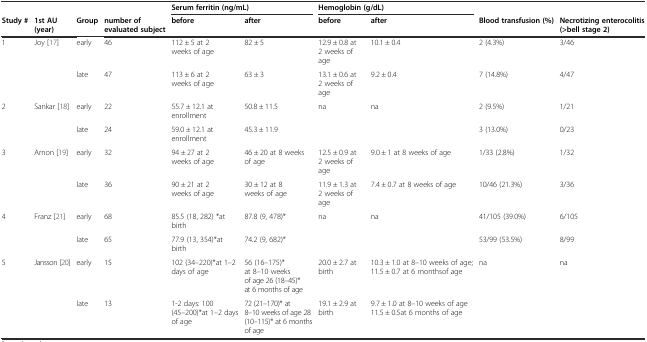
<table><thead><tr><td></td><td></td><td></td><td></td><td colspan="2"><b>Serum ferritin (ng/mL)</b></td><td colspan="2"><b>Hemoglobin (g/dL)</b></td><td></td><td></td></tr><tr><td><b>Study #</b></td><td><b>1st AU (year)</b></td><td><b>Group</b></td><td><b>number of evaluated subject</b></td><td><b>before</b></td><td><b>after</b></td><td><b>before</b></td><td><b>after</b></td><td><b>Blood transfusion (%)</b></td><td><b>Necrotizing enterocolitis (&gt;bell stage 2)</b></td></tr></thead><tbody><tr><td>1</td><td>Joy [17]</td><td>early</td><td>46</td><td>112 ± 5 at 2 weeks of age</td><td>82 ± 5</td><td>12.9 ± 0.8 at 2 weeks of age</td><td>10.1 ± 0.4</td><td>2 (4.3%)</td><td>3/46</td></tr><tr><td></td><td></td><td>late</td><td>47</td><td>113 ± 6 at 2 weeks of age</td><td>63 ± 3</td><td>13.1 ± 0.6 at 2 weeks of age</td><td>9.2 ± 0.4</td><td>7 (14.8%)</td><td>4/47</td></tr><tr><td>2</td><td>Sankar [18]</td><td>early</td><td>22</td><td>55.7 ± 12.1 at enrollment</td><td>50.8 ± 11.5</td><td rowspan="2">na</td><td rowspan="2">na</td><td>2 (9.5%)</td><td>1/21</td></tr><tr><td></td><td></td><td>late</td><td>24</td><td>59.0 ± 12.1 at enrollment</td><td>45.3 ± 11.9</td><td>3 (13.0%)</td><td>0/23</td></tr><tr><td>3</td><td>Arnon [19]</td><td>early</td><td>32</td><td>94 ± 27 at 2 weeks of age</td><td>46 ± 20 at 8 weeks of age</td><td>12.5 ± 0.9 at 2 weeks of age</td><td>9.0 ± 1 at 8 weeks of age</td><td>1/33 (2.8%)</td><td>1/32</td></tr><tr><td></td><td></td><td>late</td><td>36</td><td>90 ± 21 at 2 weeks of age</td><td>30 ± 12 at 8 weeks of age</td><td>11.9 ± 1.3 at 2 weeks of age</td><td>7.4 ± 0.7 at 8 weeks of age</td><td>10/46 (21.3%)</td><td>3/36</td></tr><tr><td>4</td><td>Franz [21]</td><td>early</td><td>68</td><td>85.5 (18, 282) *at birth</td><td>87.8 (9, 478)*</td><td rowspan="2">na</td><td rowspan="2">na</td><td>41/105 (39.0%)</td><td>6/105</td></tr><tr><td></td><td></td><td>late</td><td>65</td><td>77.9 (13, 354)*at birth</td><td>74.2 (9, 682)*</td><td>53/99 (53.5%)</td><td>8/99</td></tr><tr><td>5</td><td>Jansson [20]</td><td>early</td><td>15</td><td>102 (34–220)*at 1–2 days of age</td><td>56 (16–175)* at 8–10 weeks of age 26 (18–45)* at 6 months of age</td><td>20.0 ± 2.7 at birth</td><td>10.3 ± 1.0 at 8–10 weeks of age; 11.5 ± 0.7 at 6 monthsof age</td><td rowspan="2">na</td><td rowspan="2">na</td></tr><tr><td></td><td></td><td>late</td><td>13</td><td>1-2 days: 100 (45–200)*at 1–2 days of age</td><td>72 (21–170)* at 8–10 weeks of age 28 (10–115)* at 6 months of age</td><td>19.1 ± 2.9 at birth</td><td>9.7 ± 1.0 at 8–10 weeks of age 11.5 ± 0.5at 6 months of age</td></tr></tbody></table>